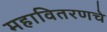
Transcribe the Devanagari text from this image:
महावितरणचे